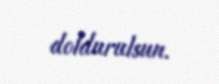
doldurulsun.